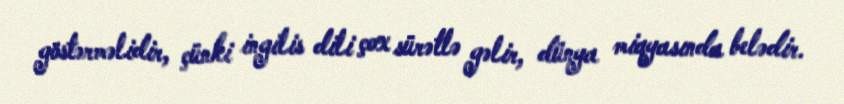
göstərməlidir, çünki ingilis dili çox sürətlə gəlir, dünya miqyasında belədir.